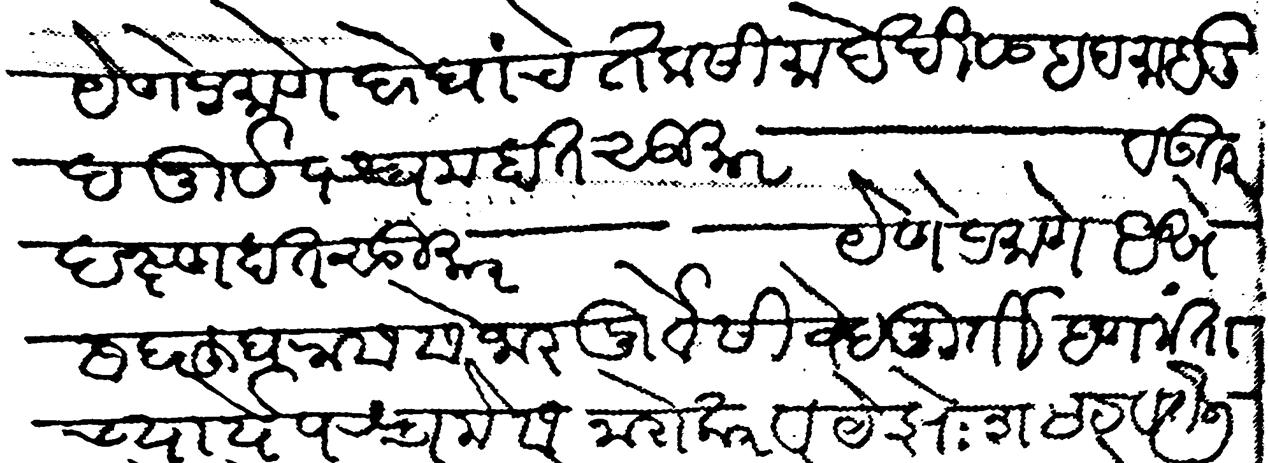
Transliteration (Devanagari): येणेप्रमाणे दोघांचे तकसीमा देखील हद महालीद पुर्व पस्चम हात सुमार व उत्तर दक्ष्ण हात सुमार येणे प्रमाणे असे सदरहु घरास सेजार पुर्वेसी वेदमूर्ती हणमंताच्यार्ये पश्चमेस नारो कार व येज्ञःश तेली